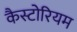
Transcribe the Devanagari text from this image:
कैस्टोरियम